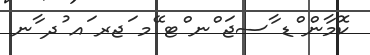
ކޮމާން ްޑ ާސޖަ ްނ ްޓ ޭމ ަޖރ ައ ުދ ާނ